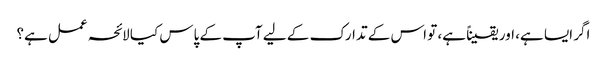
اگر ایسا ہے، اور یقیناً ہے، تو اس کے تدارک کے لیے آپ کے پاس کیا لائحہ عمل ہے؟